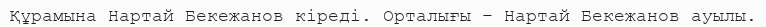
Құрамына Нартай Бекежанов кіреді. Орталығы – Нартай Бекежанов ауылы.